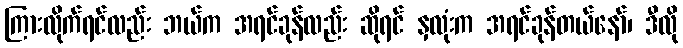
ကြားလိုက်ရင်လည်း ဘယ်က အရင်ခုန်လည်း ဆိုရင် နှလုံးက အရင်ခုန်တယ်နော်၊ ဒီလို